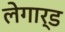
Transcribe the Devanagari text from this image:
लेगार्ड